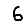
Digit: 6